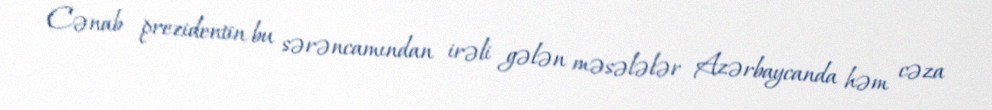
Cənab prezidentin bu sərəncamından irəli gələn məsələlər Azərbaycanda həm cəza